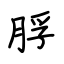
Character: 脬